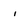
Character: i